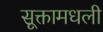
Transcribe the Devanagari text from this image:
सूक्तामधली